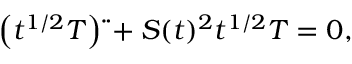
\left( t ^ { 1 / 2 } T \right) \ddot { } + S ( t ) ^ { 2 } t ^ { 1 / 2 } T = 0 ,